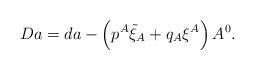
LaTeX: \begin{align*} Da = d a - \left(p^A \tilde \xi_A + q_A \xi^A \right) A^0.\end{align*}